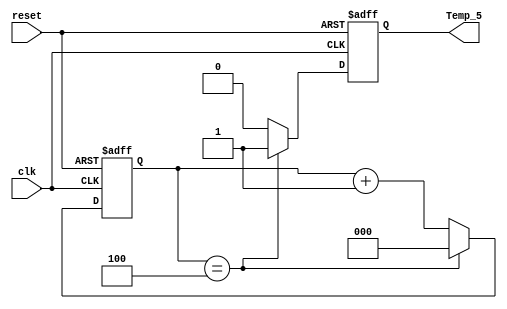
module temp_5_seg(clk, reset, Temp_5);

	input clk, reset; // Portas de entrada: clk (clock) e reset (sinal de reset)
	output reg Temp_5; // Porta de sada: Temp_5 (sinal de sada)
	reg [2:0] cont; // Registrador de 3 bits para contar os segundos (2^3 = 8 ciclos de clock)

	initial begin
		Temp_5 <= 1'b0; // Inicializa o sinal de sada Temp_5 com 0
	end

	always @(posedge reset, posedge clk) begin // Sempre que ocorrer uma borda de subida em reset ou clk
		if (reset) begin // Se o sinal de reset estiver ativo
			cont <= 3'b0; // Reseta o contador para 0
			Temp_5 <= 1'b0; // Define o sinal de sada Temp_5 como 0
		end
		else begin // Caso contrrio
			if (cont == 3'd4) begin // Se o contador alcanar 5 segundos (4 ciclos de clock)
				cont <= 3'b0; // Reseta o contador para 0
				Temp_5 <= 1'b1; // Define o sinal de sada Temp_5 como 1
			end
			else begin // Caso contrrio
				cont <= cont + 1'b1; // Incrementa o contador
				Temp_5 <= 1'b0; // Define o sinal de sada Temp_5 como 0
			end
		end
	end

endmodule